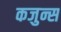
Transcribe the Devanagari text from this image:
कजुन्स